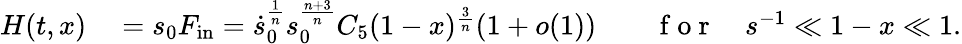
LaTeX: \begin{array}{rlrl}{H(t,x)}&{{}\stackrel{}=s_{0}F_{\mathrm{in}}=\dot{s}_{0}^{\frac 1n}s_{0}^{\frac{n+3}{n}}C_{5}(1-x)^{\frac 3n}(1+o(1))}&{}&{{}\mathrm{~f~o~r~}\quad s^{-1}\ll 1-x\ll 1.}\end{array}